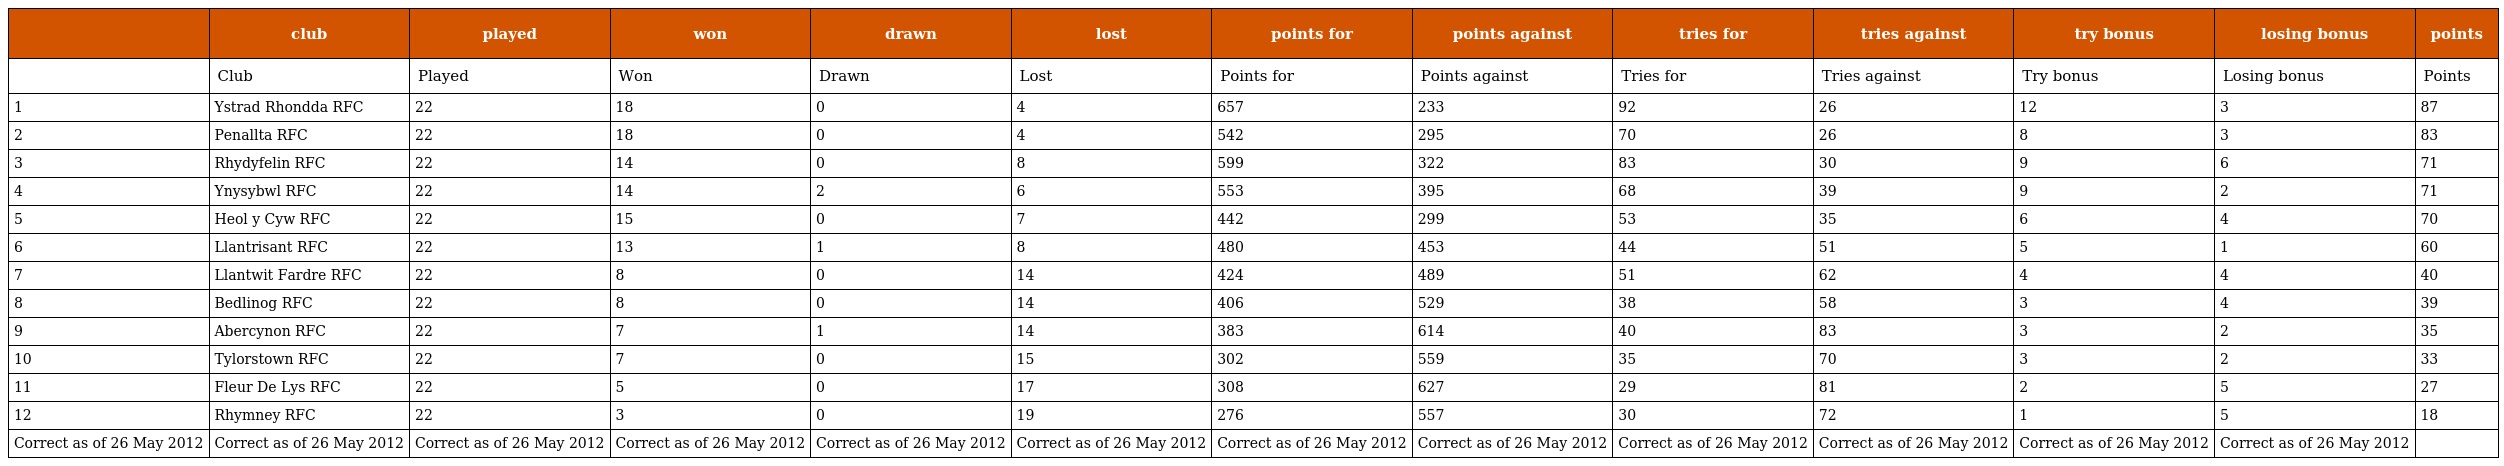
|  | club | played | won | drawn | lost | points for | points against | tries for | tries against | try bonus | losing bonus | points |
 | --- | --- | --- | --- | --- | --- | --- | --- | --- | --- | --- | --- | --- |
 |  | Club | Played | Won | Drawn | Lost | Points for | Points against | Tries for | Tries against | Try bonus | Losing bonus | Points |
 | 1 | Ystrad Rhondda RFC | 22 | 18 | 0 | 4 | 657 | 233 | 92 | 26 | 12 | 3 | 87 |
 | 2 | Penallta RFC | 22 | 18 | 0 | 4 | 542 | 295 | 70 | 26 | 8 | 3 | 83 |
 | 3 | Rhydyfelin RFC | 22 | 14 | 0 | 8 | 599 | 322 | 83 | 30 | 9 | 6 | 71 |
 | 4 | Ynysybwl RFC | 22 | 14 | 2 | 6 | 553 | 395 | 68 | 39 | 9 | 2 | 71 |
 | 5 | Heol y Cyw RFC | 22 | 15 | 0 | 7 | 442 | 299 | 53 | 35 | 6 | 4 | 70 |
 | 6 | Llantrisant RFC | 22 | 13 | 1 | 8 | 480 | 453 | 44 | 51 | 5 | 1 | 60 |
 | 7 | Llantwit Fardre RFC | 22 | 8 | 0 | 14 | 424 | 489 | 51 | 62 | 4 | 4 | 40 |
 | 8 | Bedlinog RFC | 22 | 8 | 0 | 14 | 406 | 529 | 38 | 58 | 3 | 4 | 39 |
 | 9 | Abercynon RFC | 22 | 7 | 1 | 14 | 383 | 614 | 40 | 83 | 3 | 2 | 35 |
 | 10 | Tylorstown RFC | 22 | 7 | 0 | 15 | 302 | 559 | 35 | 70 | 3 | 2 | 33 |
 | 11 | Fleur De Lys RFC | 22 | 5 | 0 | 17 | 308 | 627 | 29 | 81 | 2 | 5 | 27 |
 | 12 | Rhymney RFC | 22 | 3 | 0 | 19 | 276 | 557 | 30 | 72 | 1 | 5 | 18 |
 | Correct as of 26 May 2012 | Correct as of 26 May 2012 | Correct as of 26 May 2012 | Correct as of 26 May 2012 | Correct as of 26 May 2012 | Correct as of 26 May 2012 | Correct as of 26 May 2012 | Correct as of 26 May 2012 | Correct as of 26 May 2012 | Correct as of 26 May 2012 | Correct as of 26 May 2012 | Correct as of 26 May 2012 |  |